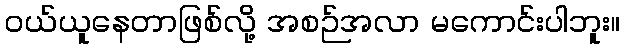
ဝယ်ယူနေတာဖြစ်လို့ အစဉ်အလာ မကောင်းပါဘူး။